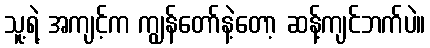
သူ့ရဲ့ အကျင့်က ကျွန်တော်နဲ့တော့ ဆန့်ကျင်ဘက်ပဲ။